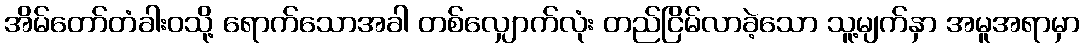
အိမ်တော်တံခါးဝသို့ ရောက်သောအခါ တစ်လျှောက်လုံး တည်ငြိမ်လာခဲ့သော သူ့မျက်နှာ အမူအရာမှာ